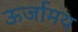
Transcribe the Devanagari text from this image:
ऊर्जामय